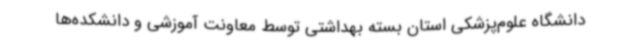
دانشگاه علوم‌پزشکی استان بسته بهداشتی توسط معاونت آموزشی و دانشکده‌ها